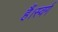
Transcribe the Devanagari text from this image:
हैं।स्वर्ग